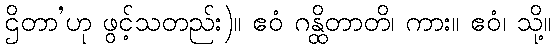
ဌိတာ’ဟု ဖွင့်သတည်း)။ ဧဝံ ဂန္ထိတာတိ၊ ကား။ ဧဝံ၊ သို့။